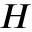
H